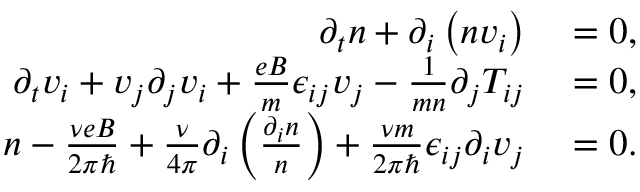
\begin{array} { r l } { \partial _ { t } n + \partial _ { i } \left( n v _ { i } \right) } & { { } = 0 , } \\ { \partial _ { t } v _ { i } + v _ { j } \partial _ { j } v _ { i } + \frac { e B } { m } \epsilon _ { i j } v _ { j } - \frac { 1 } { m n } \partial _ { j } T _ { i j } } & { { } = 0 , } \\ { n - \frac { \nu e B } { 2 \pi \hbar } + \frac { \nu } { 4 \pi } \partial _ { i } \left( \frac { \partial _ { i } n } { n } \right) + \frac { \nu m } { 2 \pi \hbar } \epsilon _ { i j } \partial _ { i } v _ { j } } & { { } = 0 . } \end{array}